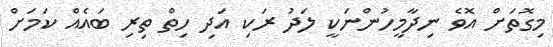
މިގޮތަށް އޮވެ ނިދާމީހުންނަކީ ލަދު ރަކި އަދި ހިތް ތިރި ބައެއް ކަމަށް